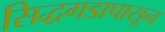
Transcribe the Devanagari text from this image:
सिद्धगडापासून